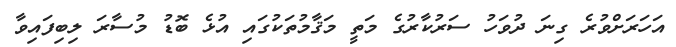
އަހަރަށްވުރެ ގިނަ ދުވަހު ސަރުކާރުގެ މަތީ މަޤާމުތަކުގައި އުޅެ ބޮޑު މުސާރަ ލިބިފައިވާ